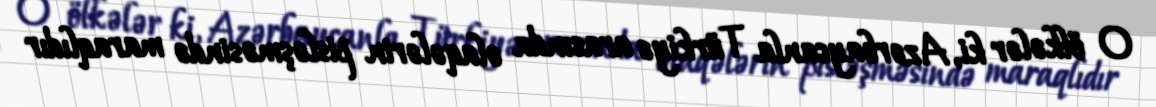
O ölkələr ki, Azərbaycanla Türkiyə arasında əlaqələrin pisləşməsində maraqlıdır